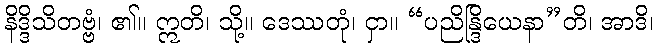
နိဒ္ဒိသိတဗ္ဗံ၊ ၏။ ဣတိ၊ သို့။ ဒေဿတုံ၊ ငှာ။ “ပညိန္ဒြိယေနာ”တိ၊ အာဒိ၊